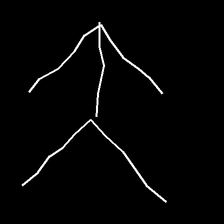
Glyph: gather